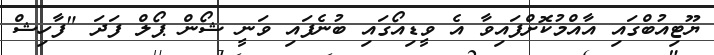
ޔޫޓިއުބްގައި އާއްމުކޮށްފައިވާ އެ ވީޑިއޯގައި ބުނެފައި ވަނީ ޝޯން ޕޯލް ފަދަ "ފާހިޝް